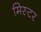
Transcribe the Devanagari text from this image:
मिस्‍टर